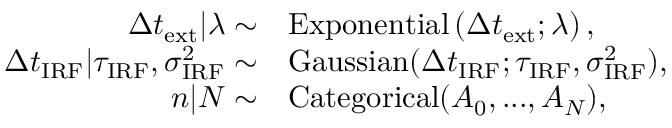
\begin{array} { r l } { \Delta t _ { \mathrm { e x t } } | \lambda \sim } & { { } \mathrm { E x p o n e n t i a l } \left( \Delta t _ { \mathrm { e x t } } ; \lambda \right) , } \\ { \Delta t _ { \mathrm { I R F } } | \tau _ { \mathrm { I R F } } , \sigma _ { \mathrm { I R F } } ^ { 2 } \sim } & { { } \mathrm { G a u s s i a n } ( \Delta t _ { \mathrm { I R F } } ; \tau _ { \mathrm { I R F } } , \sigma _ { \mathrm { I R F } } ^ { 2 } ) , } \\ { n | N \sim } & { { } \mathrm { C a t e g o r i c a l } ( A _ { 0 } , . . . , A _ { N } ) , } \end{array}